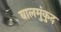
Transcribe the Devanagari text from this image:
बालमुंकुद